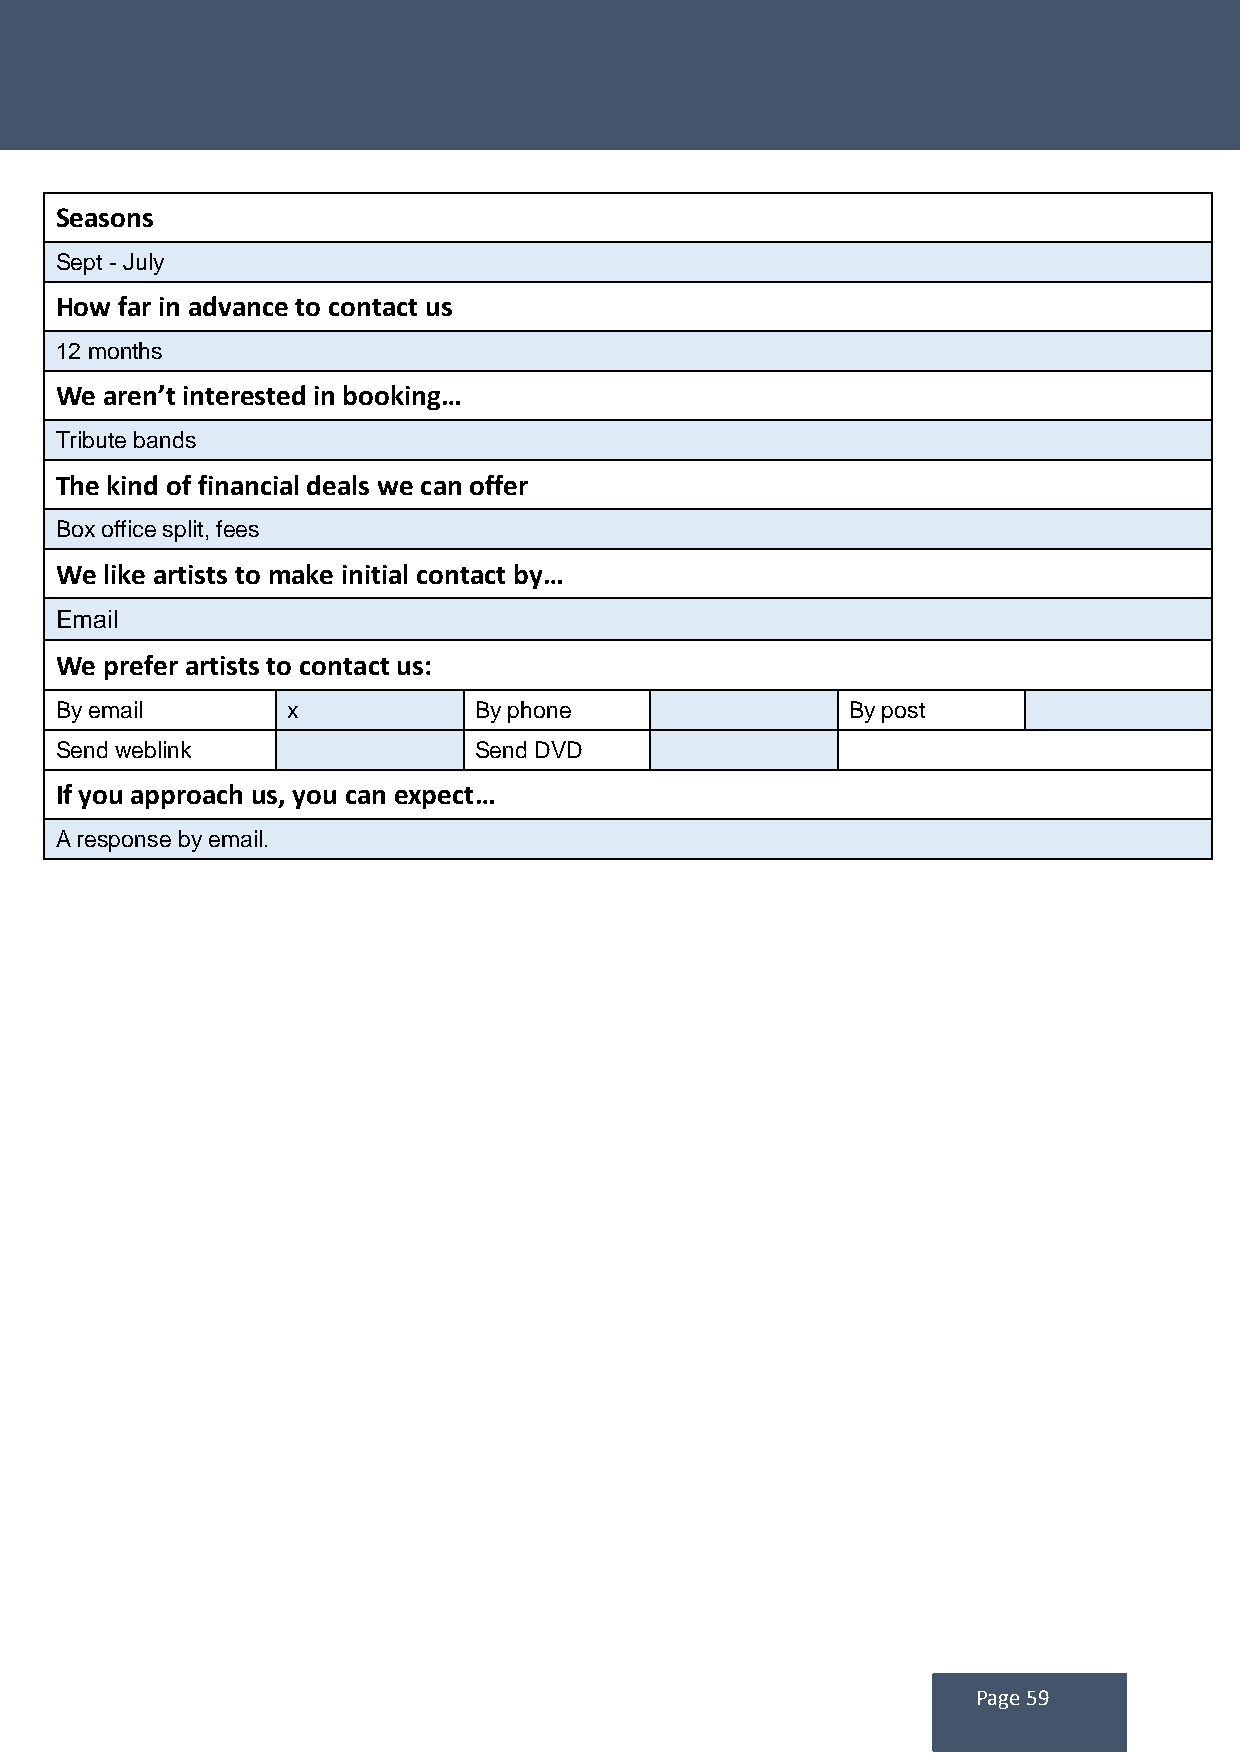
Seasons
 Sept - July
 How far in advance to contact us
 12 months
 We aren’t interested in booking…
 Tribute bands
 The kind of financial deals we can offer
 Box office split, fees
 We like artists to make initial contact by…
 Email
 We prefer artists to contact us:
 By email       x           By phone                 By post
 Send weblink               Send DVD
 If you approach us, you can expect…
 A response by email.
 Page 59